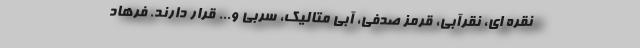
نقره ای، نقرآبی، قرمز صدفی، آبی متالیک، سربی و... قرار دارند. فرهاد